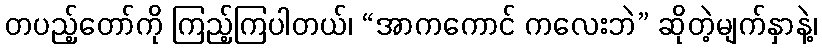
တပည့်တော်ကို ကြည့်ကြပါတယ်၊ “အာကကောင် ကလေးဘဲ” ဆိုတဲ့မျက်နှာနဲ့၊